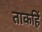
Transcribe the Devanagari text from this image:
ताकहिं